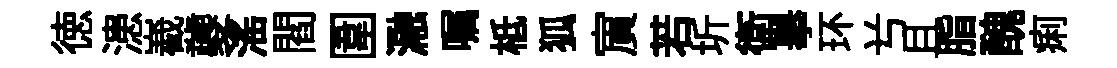
徳漶嶻夔滛閻圍瀜嘱柢狐賔若圻衛舉环𠔃且脂醜痢